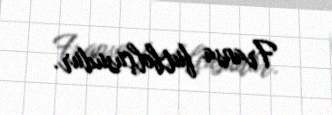
Fransa futbolçusudur.